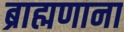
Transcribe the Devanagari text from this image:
ब्राह्मणाना